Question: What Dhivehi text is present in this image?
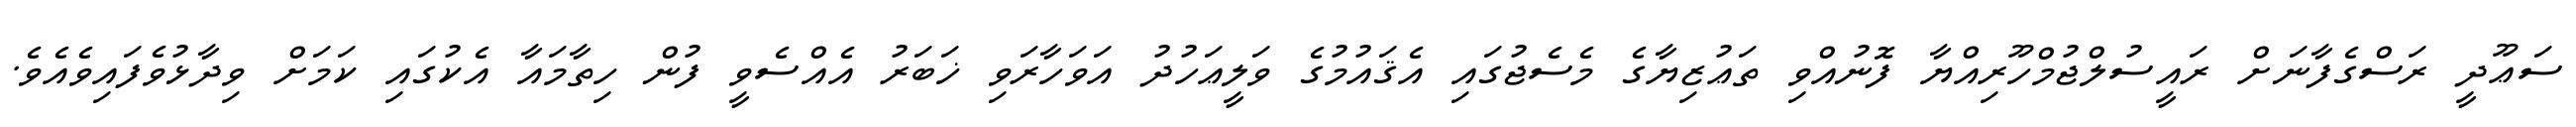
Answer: ސަޢޫދީ ރަސްގެފާނަށް ރައީސުލްޖުމްހޫރިއްޔާ ފޮނުއްވި ތަޢުޒިޔާގެ މެސެޖުގައި އެޤައުމުގެ ވަލީޢަހުދު އަވަހާރަވި ޚަބަރު އެއްސެވީ ފުން ހިތާމައާ އެކުގައި ކަމަށް ވިދާޅުވެފައިވެއެވެ.